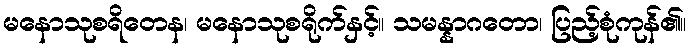
မနောသုစရိတေန၊ မနောသုစရိုက်နှင့်။ သမန္နာဂတော၊ ပြည့်စုံကုန်၏။